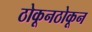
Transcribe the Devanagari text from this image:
ठोकूनठोकून